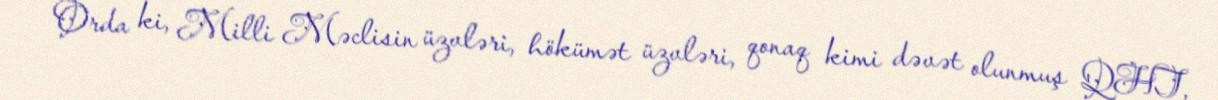
Orda ki, Milli Məclisin üzvləri, hökümət üzvləri, qonaq kimi dəvət olunmuş QHT,